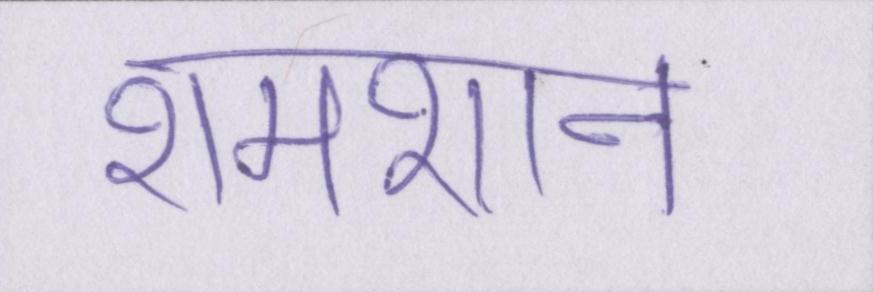
शमशान